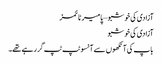
آزادی کی خوشبو – پامیر ٹائمز
آزادی کی خوشبو
باپ کی آنکھوں سے آنسو ٹپ ٹپ گر رہے تھے۔